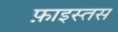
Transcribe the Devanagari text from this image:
फ़ाइस्तस